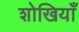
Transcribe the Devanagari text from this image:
शोखियाँ